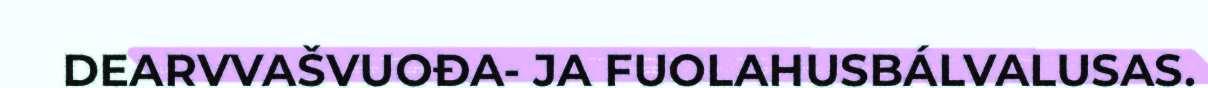
DEARVVAŠVUOĐA- JA FUOLAHUSBÁLVALUSAS.